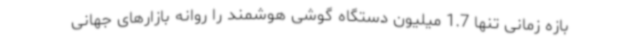
بازه زمانی تنها 1.7 میلیون دستگاه گوشی هوشمند را روانه بازارهای جهانی